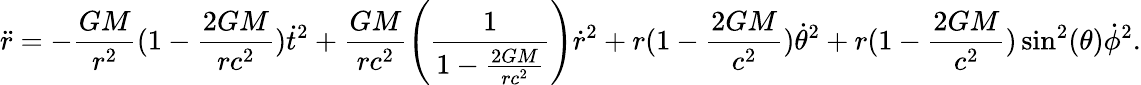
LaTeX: \ddot{r}=-\frac{GM}{r^{2}}(1-\frac{2GM}{rc^{2}})\dot{t}^{2}+\frac{GM}{rc^{2}}\left(\frac{1}{1-\frac{2GM}{rc^{2}}}\right)\dot{r}^{2}+r(1-\frac{2GM}{c^{2}})\dot{\theta}^{2}+r(1-\frac{2GM}{c^{2}})\sin^{2}(\theta)\dot{\phi}^{2}.